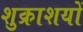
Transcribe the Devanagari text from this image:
शुक्राशयों